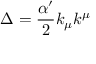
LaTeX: \Delta = \frac { \alpha ^ { \prime } } { 2 } k _ { \mu } k ^ { \mu }